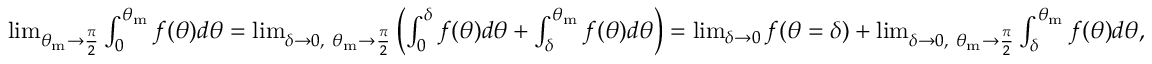
\begin{array} { r } { \operatorname* { l i m } _ { \theta _ { \mathrm { m } } \rightarrow \frac { \pi } { 2 } } \int _ { 0 } ^ { \theta _ { \mathrm { m } } } f ( \theta ) d \theta = \operatorname* { l i m } _ { \delta \rightarrow 0 , ~ \theta _ { \mathrm { m } } \rightarrow \frac { \pi } { 2 } } \left( \int _ { 0 } ^ { \delta } f ( \theta ) d \theta + \int _ { \delta } ^ { \theta _ { \mathrm { m } } } f ( \theta ) d \theta \right) = \operatorname* { l i m } _ { \delta \to 0 } f ( \theta = \delta ) + \operatorname* { l i m } _ { \delta \rightarrow 0 , ~ \theta _ { \mathrm { m } } \rightarrow \frac { \pi } { 2 } } \int _ { \delta } ^ { \theta _ { \mathrm { m } } } f ( \theta ) d \theta , } \end{array}